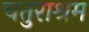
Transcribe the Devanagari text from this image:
चतुराश्रम